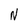
Character: N